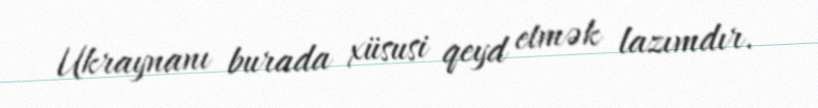
Ukraynanı burada xüsusi qeyd etmək lazımdır.